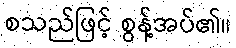
စသည်ဖြင့် စွန့်အပ်၏။